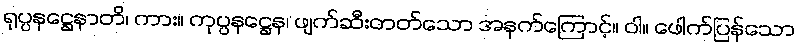
ရုပ္ပနဋ္ဌေနာတိ၊ ကား။ ကုပ္ပနဋ္ဌေန၊ ဖျက်ဆီးတတ်သော အနက်ကြောင့်။ ဝါ။ ဖေါက်ပြန်သော